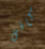
كافى